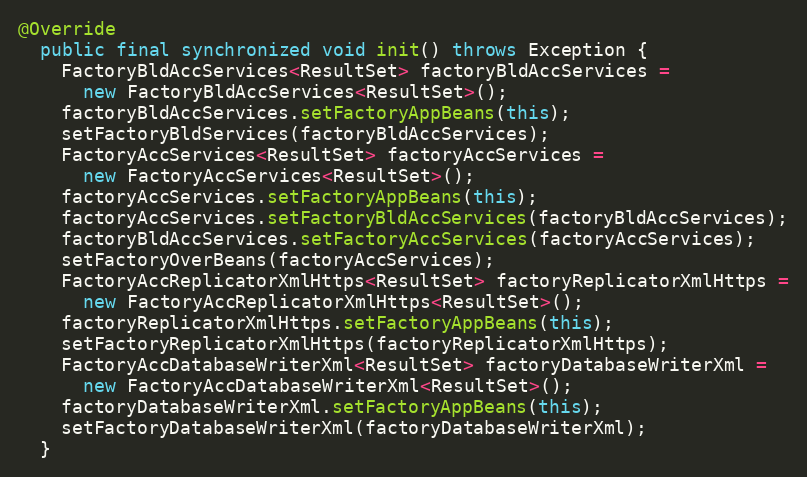
Language: Java
@Override
  public final synchronized void init() throws Exception {
    FactoryBldAccServices<ResultSet> factoryBldAccServices =
      new FactoryBldAccServices<ResultSet>();
    factoryBldAccServices.setFactoryAppBeans(this);
    setFactoryBldServices(factoryBldAccServices);
    FactoryAccServices<ResultSet> factoryAccServices =
      new FactoryAccServices<ResultSet>();
    factoryAccServices.setFactoryAppBeans(this);
    factoryAccServices.setFactoryBldAccServices(factoryBldAccServices);
    factoryBldAccServices.setFactoryAccServices(factoryAccServices);
    setFactoryOverBeans(factoryAccServices);
    FactoryAccReplicatorXmlHttps<ResultSet> factoryReplicatorXmlHttps =
      new FactoryAccReplicatorXmlHttps<ResultSet>();
    factoryReplicatorXmlHttps.setFactoryAppBeans(this);
    setFactoryReplicatorXmlHttps(factoryReplicatorXmlHttps);
    FactoryAccDatabaseWriterXml<ResultSet> factoryDatabaseWriterXml =
      new FactoryAccDatabaseWriterXml<ResultSet>();
    factoryDatabaseWriterXml.setFactoryAppBeans(this);
    setFactoryDatabaseWriterXml(factoryDatabaseWriterXml);
  }